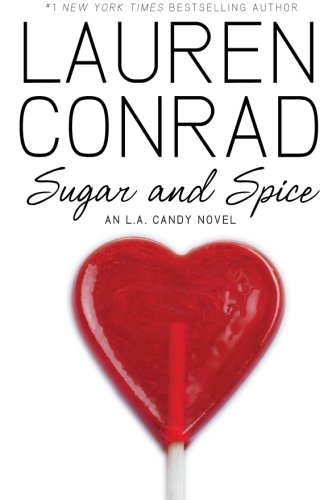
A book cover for Sugar and Spice (L.A. Candy); Lauren Conrad; Teen & Young Adult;